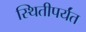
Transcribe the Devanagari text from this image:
स्थितीपर्यंत